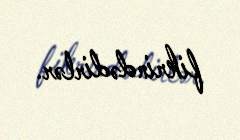
fikrindədirlər.